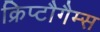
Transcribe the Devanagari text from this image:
क्रिप्टौगैम्स